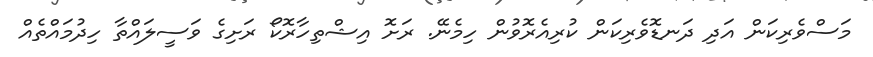
މަސްވެރިކަން އަދި ދަނޑޮވެރިކަން ކުރިއެރޮވުން ހިމެނޭ. ރަށޮ އިޝްތިހާރޮކޯ ރަށިގެ ވަސީލައްތާ ހިދުމައްތެއް